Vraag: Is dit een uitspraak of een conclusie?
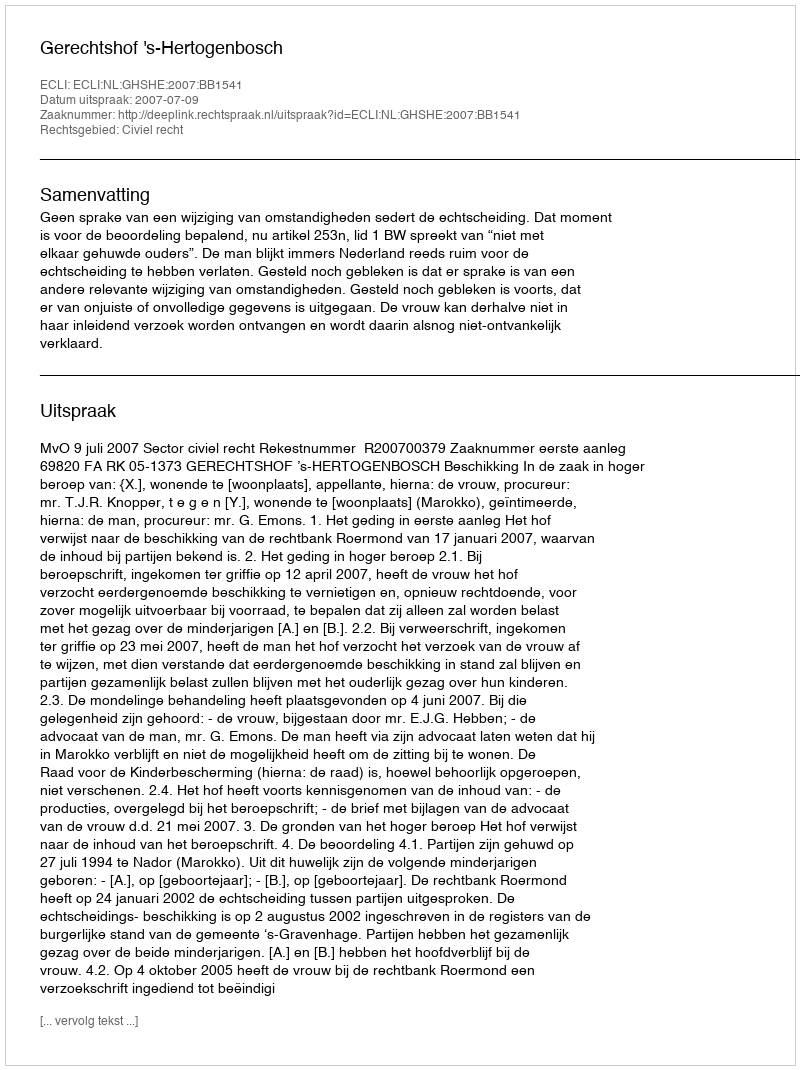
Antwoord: Uitspraak